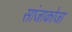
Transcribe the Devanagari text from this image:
सांजाकोजा